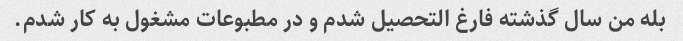
بله من سال گذشته فارغ التحصیل شدم و در مطبوعات مشغول به کار شدم.